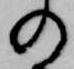
の